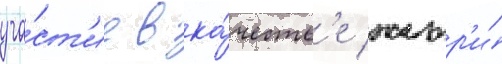
уча́ст'ие в ка́честв'е жюр'и́